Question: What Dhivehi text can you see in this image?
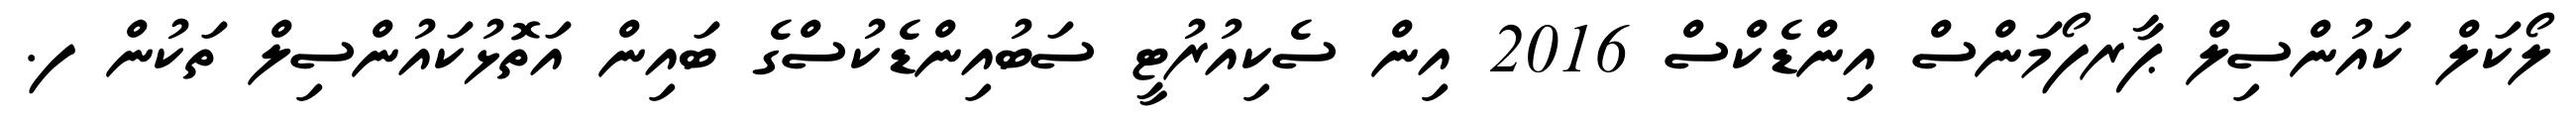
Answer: ލޯކަލް ކައުންސިލް ޕާރފޯމަންސް އިންޑެކްސް 2016 އިން ސެކިއުރުޓީ ސަބުއިންޑެކުސްގެ ބައިން އަތޮޅުކައުންސިލް ތަކުން ފ.